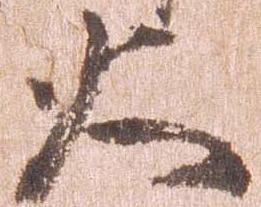
大